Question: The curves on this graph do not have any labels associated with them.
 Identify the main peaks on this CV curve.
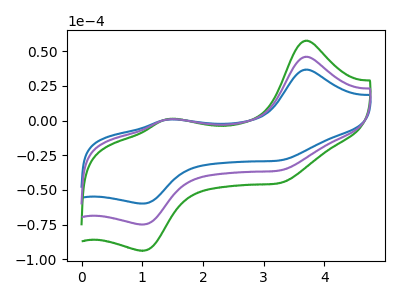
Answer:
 <answer>The blue curve "blue" has anodic peaks at (3.70V, 36.70uA) (1.45V, 0.70uA) and cathodic peaks at (3.30V, -28.55uA) (1.00V, -59.85uA). The green curve "green" has anodic peaks at (3.70V, 91.85uA) (1.45V, 1.80uA) and cathodic peaks at (3.30V, -71.50uA) (1.00V, -149.85uA). The purple curve "purple" has anodic peaks at (3.70V, 45.95uA) (1.45V, 0.90uA) and cathodic peaks at (3.30V, -35.75uA) (1.00V, -74.90uA).</answer>
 <eval></eval>